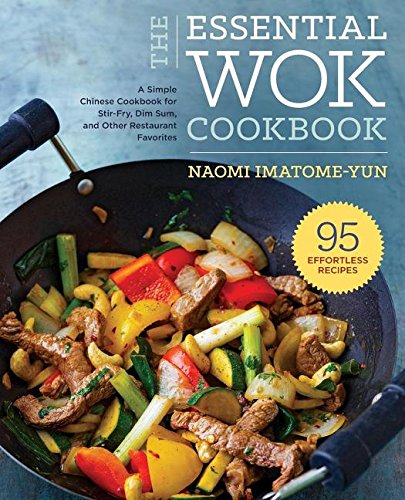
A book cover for Essential Wok Cookbook: A Simple Chinese Cookbook for Stir-Fry, Dim Sum, and Other Restaurant Favorites; Naomi Imatome-Yun; Cookbooks, Food & Wine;